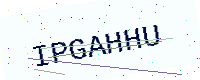
Text: IPGAHHU